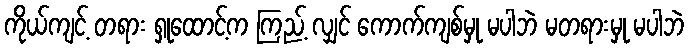
ကိုယ်ကျင့် တရား ရှုထောင့်က ကြည့် လျှင် ကောက်ကျစ်မှု မပါဘဲ မတရားမှု မပါဘဲ